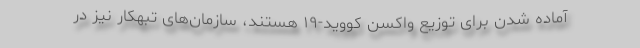
آماده شدن برای توزیع واکسن کووید-۱۹ هستند، سازمان‌های تبهکار نیز در